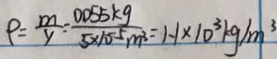
\rho = \frac { m } { v } = \frac { 0 . 0 5 5 k g } { 5 \times 1 0 ^ { - 5 } m ^ { 3 } } = 1 . 1 \times 1 0 ^ { 3 } k g / m ^ { 3 }